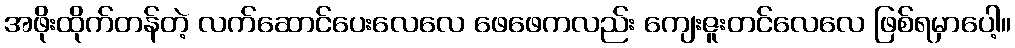
အဖိုးထိုက်တန်တဲ့ လက်ဆောင်ပေးလေလေ ဖေဖေကလည်း ကျေးဇူးတင်လေလေ ဖြစ်ရမှာပေါ့။